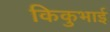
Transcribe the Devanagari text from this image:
किकुभाई